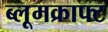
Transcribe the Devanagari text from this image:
ब्लूमक्राफ्ट